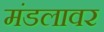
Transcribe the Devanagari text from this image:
मंडलावर